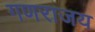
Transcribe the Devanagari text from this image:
गणराजय